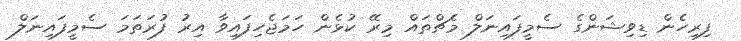
ފިރިހެން ޑިވިޝަންގެ ސެމީފައިނަލް މެޗްތައް މިރޭ ކުޅެން ހަމަޖެހިފައިވާ އިރު ފުރަތަމަ ސެމީފައިނަލް